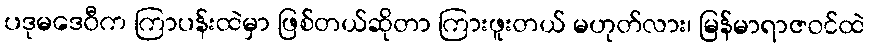
ပဒုမဒေဝီက ကြာပန်းထဲမှာ ဖြစ်တယ်ဆိုတာ ကြားဖူးတယ် မဟုတ်လား၊ မြန်မာရာဇဝင်ထဲ